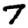
Digit: 7